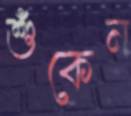
শুঁকেন